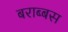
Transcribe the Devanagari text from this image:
बराब्बस